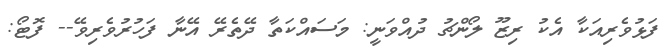
ފަޅުވެރިއަކާ އެކު ރިޒޫ ލޯންޗު ދުއްވަނީ: މަސައްކަތާ ދޭތެރޭ އޭނާ ފަހުރުވެރިވޭ-- ފޮޓޯ: